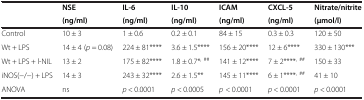
| <ROWSPAN=2>  | NSE | IL-6 | IL-10 | ICAM | CXCL-5 | Nitrate/nitrite |
 | (ng/ml) | (ng/ml) | (ng/ml) | (ng/ml) | (ng/ml) | (μmol/l) |
 | --- | --- | --- | --- | --- | --- | --- |
 | Control | 10 ± 3 | 1 ± 0.6 | 0.2 ± 0.1 | 84 ± 15 | 0.3 ± 0.3 | 120 ± 50 |
 | Wt + LPS | 14 ± 4 (p = 0.08) | 224 ± 81**** | 3.6 ± 1.5**** | 156 ± 20**** | 12 ± 6**** | 330 ± 130*** |
 | Wt + LPS + l-NIL | 13 ± 2 | 175 ± 82**** | 1.8 ± 0.7*, ## | 141 ± 12**** | 7 ± 2****, ## | 150 ± 33 |
 | iNOS(−/−) + LPS | 14 ± 3 | 243 ± 32**** | 2.6 ± 1.5** | 145 ± 11**** | 6 ± 1****, ## | 41 ± 10 |
 | ANOVA | ns | p < 0.0001 | p < 0.0005 | p < 0.0001 | p < 0.0001 | p < 0.0001 |